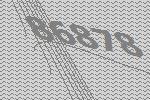
86878